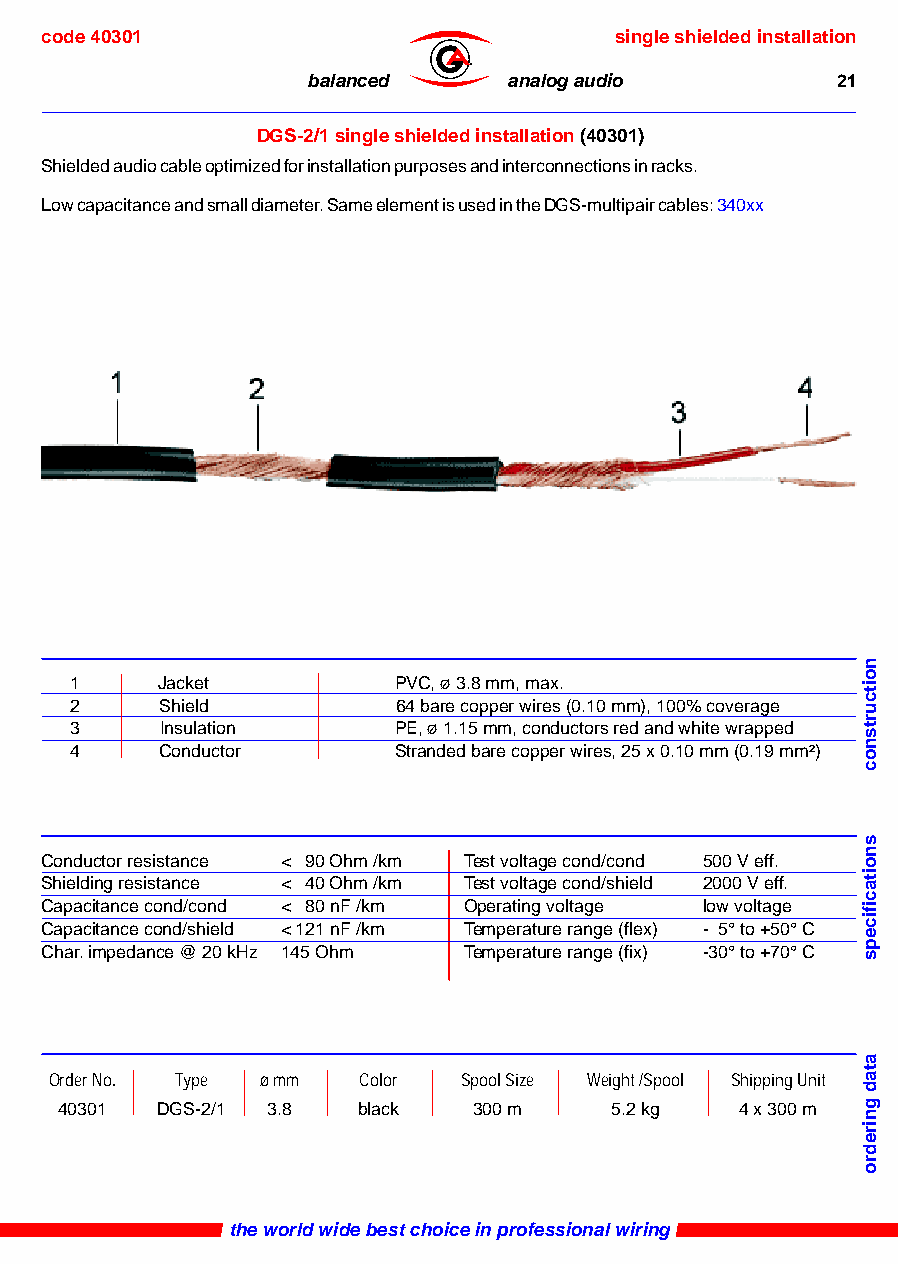
code 40301                            single shielded installation
 ®
 balanced      analog audio         21
 DGS-2/1 single shielded installation (40301)
 Shielded audio cable optimized for installation purposes and interconnections in racks.
 Low capacitance and small diameter. Same element is used in the DGS-multipair cables: 340xx
 1    Jacket          PVC, ø 3.8 mm, max.
 2     Shield         64 bare copper wires (0.10 mm), 100% coverage
 3     Insulation     PE, ø 1.15 mm, conductors red and white wrapped
 4     Conductor      Stranded bare copper wires, 25 x 0.10 mm (0.19 mm²)
 Conductor resistance < 90 Ohm /km Test voltage cond/cond 500 V eff.
 Shielding resistance < 40 Ohm /km Test voltage cond/shield 2000 V eff.
 Capacitance cond/cond < 80 nF /km Operating voltage low voltage
 Capacitance cond/shield < 121 nF /km Temperature range (flex) - 5° to +50° C
 Char. impedance @ 20 kHz 145 Ohm Temperature range (fix) -30° to +70° C
 Order No. Type ø mm  Color Spool Size Weight /Spool Shipping Unit
 40301 DGS-2/1 3.8   black  300 m    5.2 kg   4 x 300 m
 the world wide best choice in professional wiring
 noitcurtsnoc
 snoitacificeps
 atad
 gniredro